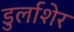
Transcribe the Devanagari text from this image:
डुर्लाशेर